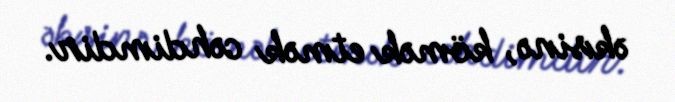
əksinə, kömək etmək cəhdimdir.